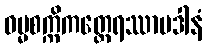
ဓမ္မစက္ကိကတ္ထေရဿာပဒါနံ